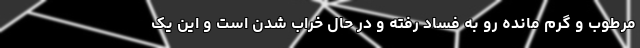
مرطوب و گرم مانده رو به فساد رفته و در حال خراب شدن است و این یک